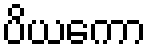
ပိယကော